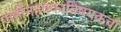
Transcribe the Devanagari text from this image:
जमीनहक्काविषयकचा